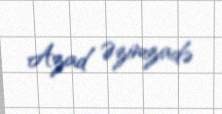
Azad Əzimzadə